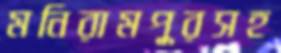
মনিরামপুরসহ